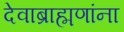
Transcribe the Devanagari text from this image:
देवाब्राह्मणांना